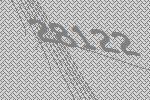
28122